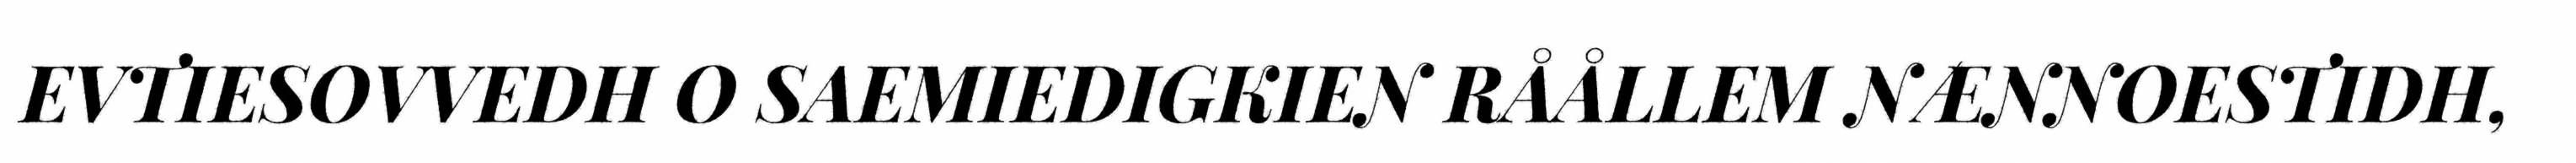
EVTIESOVVEDH O SAEMIEDIGKIEN RÅÅLLEM NÆNNOESTIDH,